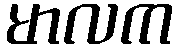
မာလက